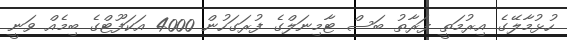
ހުޅުމާލޭގެ އިރުމަތީ ފަރާތު ބަސް ޓާމިނަލްގެ ފުރަގަހުން 4000 އަކަފޫޓްގެ ބިމެއް ވަނީ